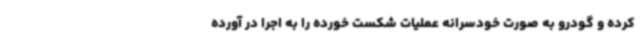
کرده و گودرو به صورت خودسرانه عملیات شکست خورده را به اجرا در آورده